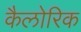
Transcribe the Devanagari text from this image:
कैलोरिक